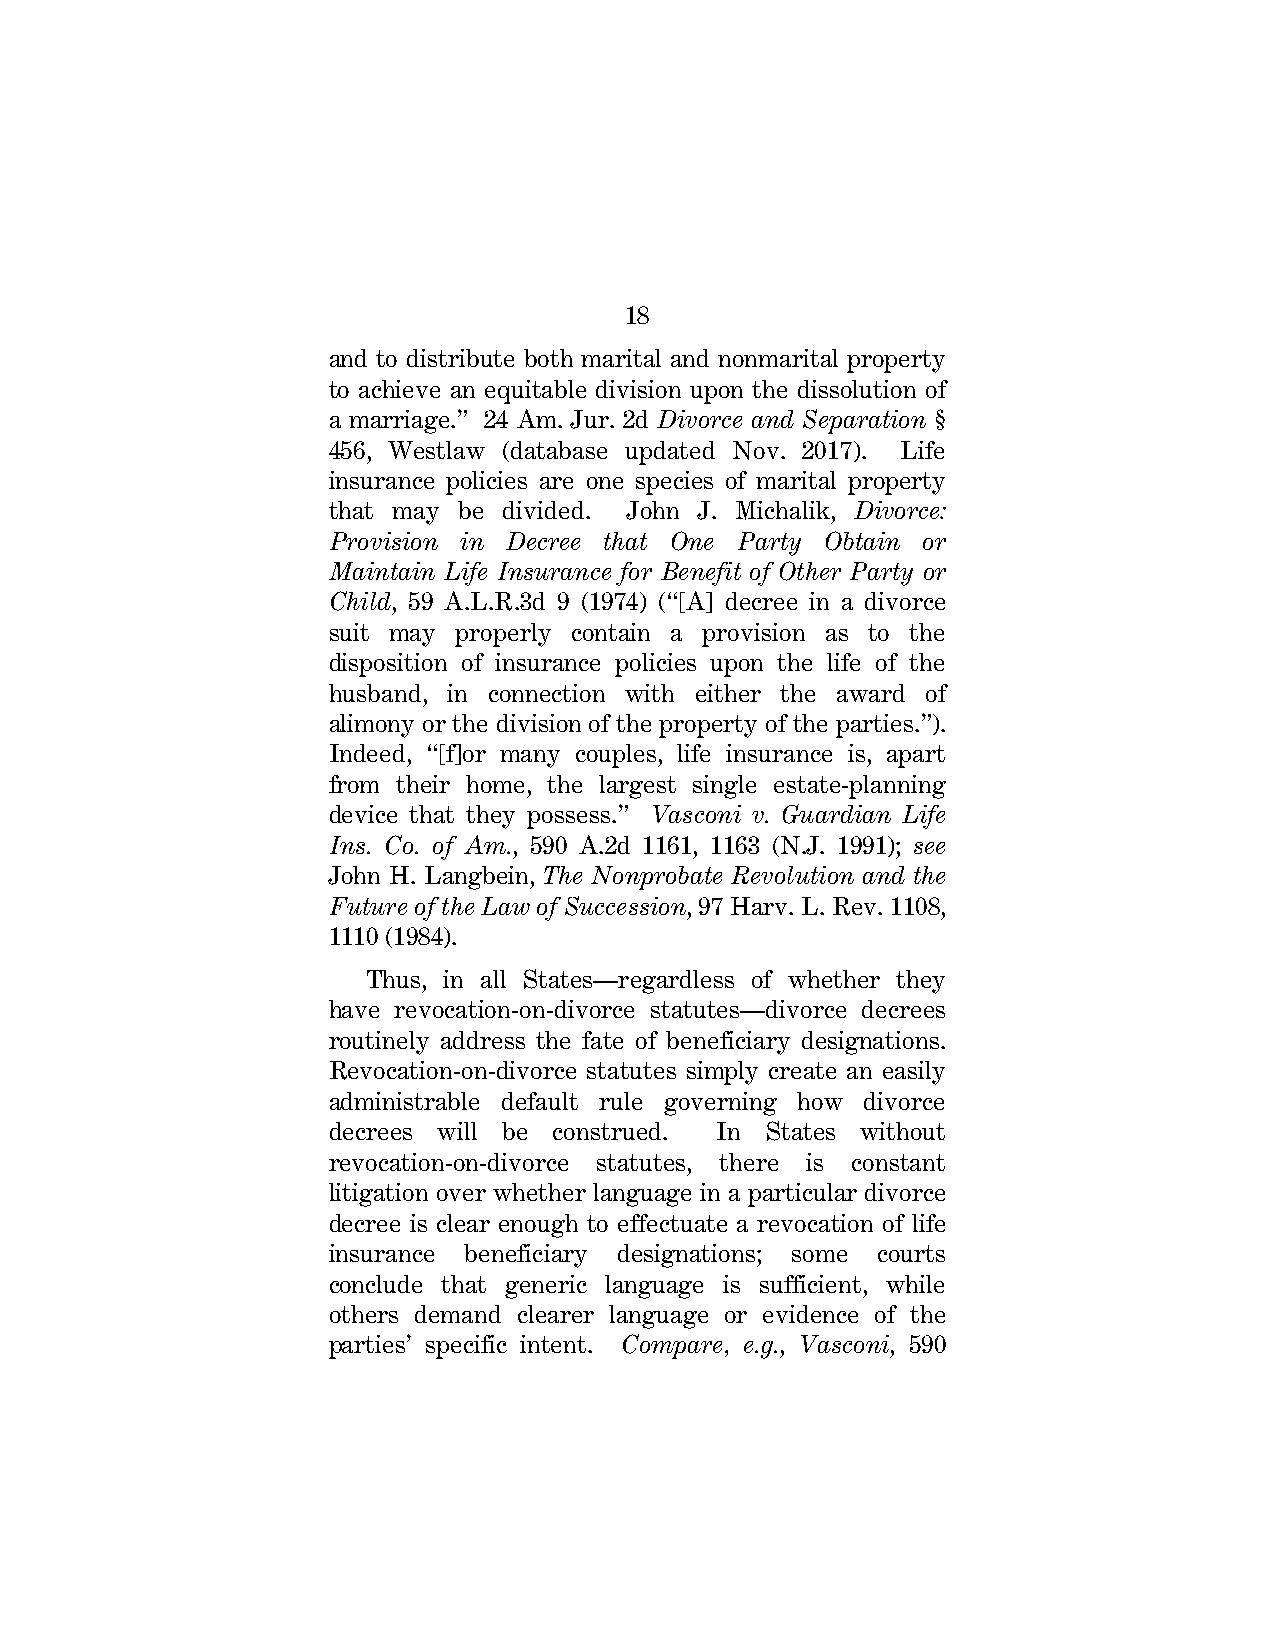
18
 and to distribute both marital and nonmarital property
 to achieve an equitable division upon the dissolution of
 a marriage.” 24 Am. Jur. 2d Divorce and Separation §
 456, Westlaw (database updated Nov. 2017). Life
 insurance policies are one species of marital property
 that may be divided. John J. Michalik, Divorce:
 Provision in Decree that One Party Obtain or
 Maintain Life Insurance for Benefit of Other Party or
 Child, 59 A.L.R.3d 9 (1974) (“[A] decree in a divorce
 suit may properly contain a provision as to the
 disposition of insurance policies upon the life of the
 husband, in connection with either the award of
 alimony or the division of the property of the parties.”).
 Indeed, “[f]or many couples, life insurance is, apart
 from their home, the largest single estate-planning
 device that they possess.” Vasconi v. Guardian Life
 Ins. Co. of Am., 590 A.2d 1161, 1163 (N.J. 1991); see
 John H. Langbein, The Nonprobate Revolution and the
 Future of the Law of Succession, 97 Harv. L. Rev. 1108,
 1110 (1984).
 Thus, in all States—regardless of whether they
 have revocation-on-divorce statutes—divorce decrees
 routinely address the fate of beneficiary designations.
 Revocation-on-divorce statutes simply create an easily
 administrable default rule governing how divorce
 decrees will be construed. In States without
 revocation-on-divorce statutes, there is constant
 litigation over whether language in a particular divorce
 decree is clear enough to effectuate a revocation of life
 insurance beneficiary designations; some courts
 conclude that generic language is sufficient, while
 others demand clearer language or evidence of the
 parties’ specific intent. Compare, e.g., Vasconi, 590